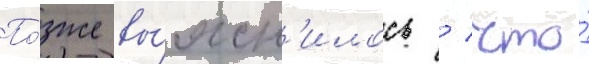
По́зже вы́ясн'илось / что́